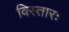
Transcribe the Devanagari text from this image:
विस्तारः